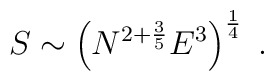
S \sim \left( N^{2 + \frac{3}{5}} E^3 \right)^{\frac{1}{4}} \; .